Lunatic asylums Madras 1892-1911 - 1892-1911
Year: 1892
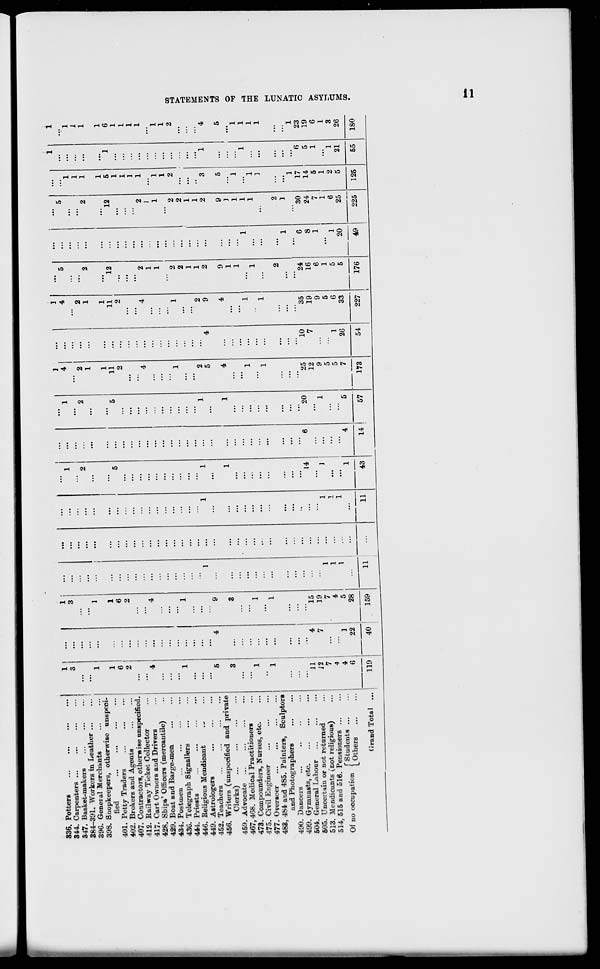
336. Potters
...
...
...
34-4. Carpenters ...
547. Basket-makers
384-391. Workers in Leather
396. Geneial Merchants
398. Snopkeepers, otherwise unspeci-
fied
401. Petty Traders
402. Brokers and Agents
407. Contractors, otherwise unspecified.
412. Railway Ticket Collector
417. Cart Owners and Drivers
428. Ships.' Officers (mercantile)
429. Boat and Barge-men
434. Postmen
43G. Telegraph Signallers
444. Priests
...
...
446. Religious Mendicant
449. Astrologers
452. Teachers
456. Writers (unspecified and private
Clerks)
459. Advocate
467,468. Medical Practitioners
473. Compounders, Nurses, etc.
475. Civil Engineer
477. Overseer
483, 484 and 485. Painters, Sculptors
and Photographers
490. Dancers
499. Gymnasts, etc.
504. General Labour
505. Uncertain or not returned
513. Mendicants (not religious)
514, 515 and 516. Pensioners ...
m
,.
rStudents ...
Of no occupation ( 0therB
(irand Total ..
ft
3
1
1
11
12
7
A
4
6
119
1
22
1 i
3
9
3
1
1
15
40
19
7
1
4
1
5
I
28
59
11
11
14
1
' 1
43
1
4
2
1
1
11
14
20
1
57
25
12
9
5
5
7
173
4
10
7
1
26
1
4
2
1
1
11
2
54
35
19
9
5
6
33
227
12
2
1
1
2
2
1
1
2
9
1
1
24
16
6
1
5
5
176
6
8
1
1
20
49
12
30
24
7
1
6
25
225
1
1
1
1
5
1
1
1
1
1
1
2
2
2
...
1
...
1
2
3
9
5
]
1
1
1
1
1
]
2
...
1
...
1
17
14
5
1
2
5
125
6
5
1
"l
21
55
1
1
1
1
6
1
1
1
1
1
1
2
4
5
1
1
1
1
1
23
19
6
1
3
26
180
CD
>
m
a
H
CD
o
W
«
f
>
►
CD
CQ